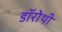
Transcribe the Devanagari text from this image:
डॉरोथी